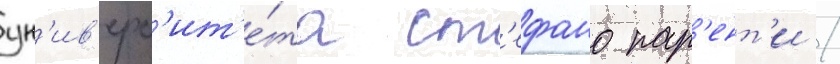
ун'ив'ерс'ит'е́та ст'ефано пар'ент'и /